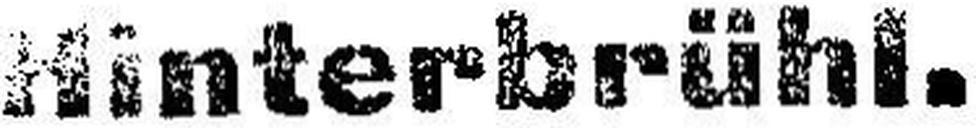
Hinterbrühl.